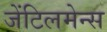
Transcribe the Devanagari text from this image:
जेंटिलमेन्स